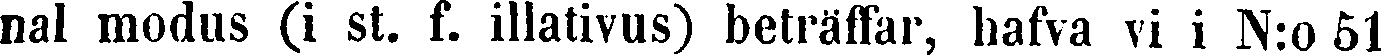
nal modus (i st. f. illativus) beträffar, hafva vi i N:o 51